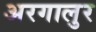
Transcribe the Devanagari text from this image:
अरगालुर